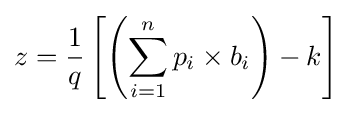
z={\frac {1}{q}}\left[\left(\sum _{i=1}^{n}p_{i}\times b_{i}\right)-k\right]